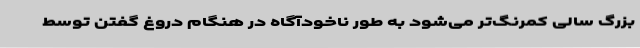
بزرگ سالی کمرنگ‌تر می‌شود به طور ناخودآگاه در هنگام دروغ گفتن توسط